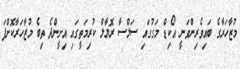
މުޒާހަރާގެ ބައިވެރިންވަނީ އޯކިޑް މަގުގައި ސަލްސާ ރޮޔާލް ކުރިމަތީގައި އިށީންދެ ތިބެ މުޒާހަރާކޮށްފަ